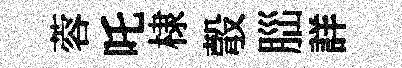
蓉吒棣彀𦛁詳